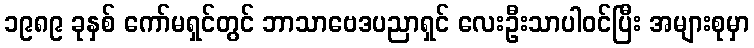
၁၉၈၉ ခုနှစ် ကော်မရှင်တွင် ဘာသာဗေဒပညာရှင် လေးဦးသာပါဝင်ပြီး အများစုမှာ